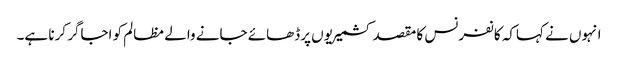
انہوں نے کہاکہ کانفرنس کا مقصد کشمیریوں پرڈھائے جانے والے مظالم کو اجاگر کرنا ہے۔